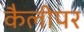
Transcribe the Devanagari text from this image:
कैलीपर